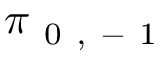
\pi _ { \mathrm { ~ 0 ~ , ~ - ~ 1 ~ } }